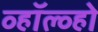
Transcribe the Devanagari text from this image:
व्हॉल्व्हो